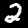
Label: 2